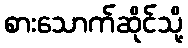
စားသောက်ဆိုင်သို့